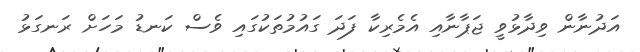
އަދުނާން ވިދާޅުވީ ޖަޕާނާއި އެމެރިކާ ފަދަ ގައުމުތަކުގައި ވެސް ކަނޑު މަހަށް ރަނގަޅު